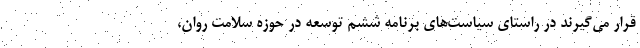
قرار می‌گیرند در راستای سیاست‌های برنامه ششم توسعه در حوزه سلامت روان،